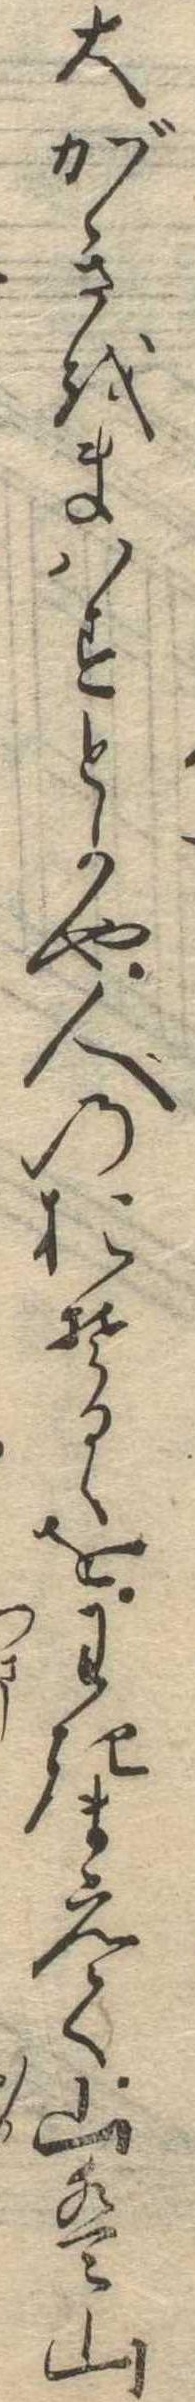
大がきをまはすとかや人のおそるゝをわきまえて山は山